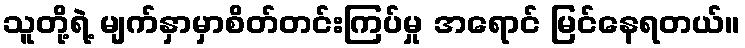
သူတို့ရဲ့ မျက်နှာမှာစိတ်တင်းကြပ်မှု အရောင် မြင်နေရတယ်။